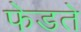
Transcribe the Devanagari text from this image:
फेडते